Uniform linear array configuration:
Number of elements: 8
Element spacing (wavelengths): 0.75
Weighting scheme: hamming
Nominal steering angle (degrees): -60
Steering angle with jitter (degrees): -58.579
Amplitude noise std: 0.05
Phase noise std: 0.05

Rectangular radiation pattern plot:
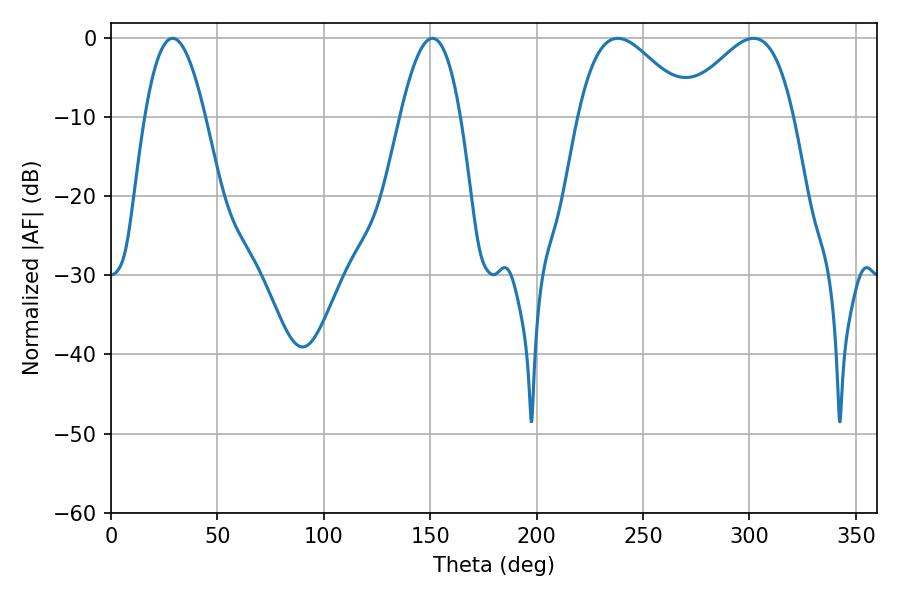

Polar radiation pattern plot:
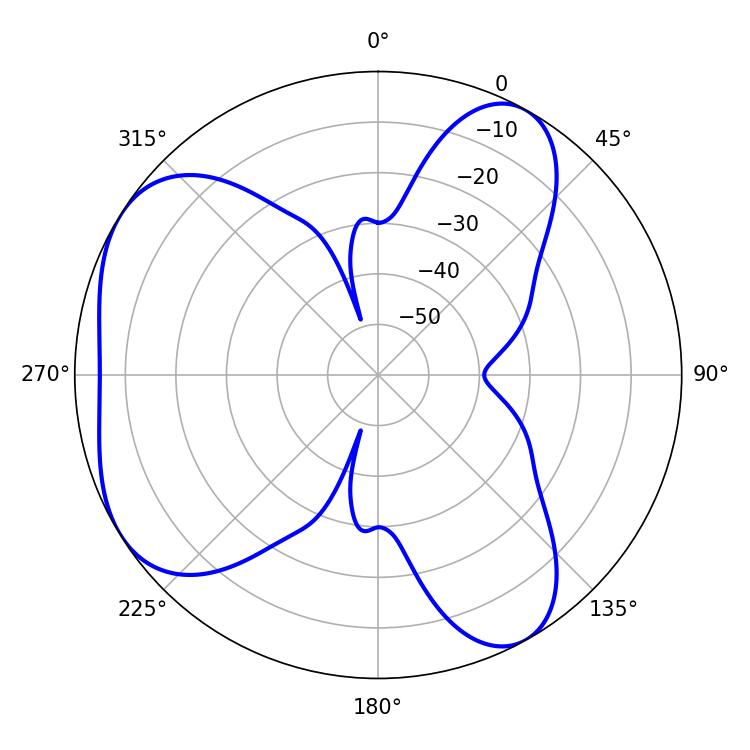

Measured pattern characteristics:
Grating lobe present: TRUE
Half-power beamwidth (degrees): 28.26
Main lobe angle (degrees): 301.86